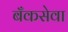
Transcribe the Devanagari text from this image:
बँकसेवा